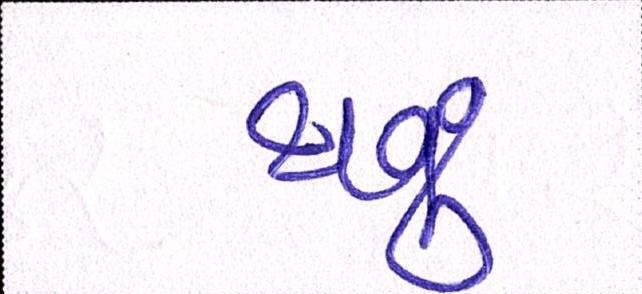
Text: થવૂં